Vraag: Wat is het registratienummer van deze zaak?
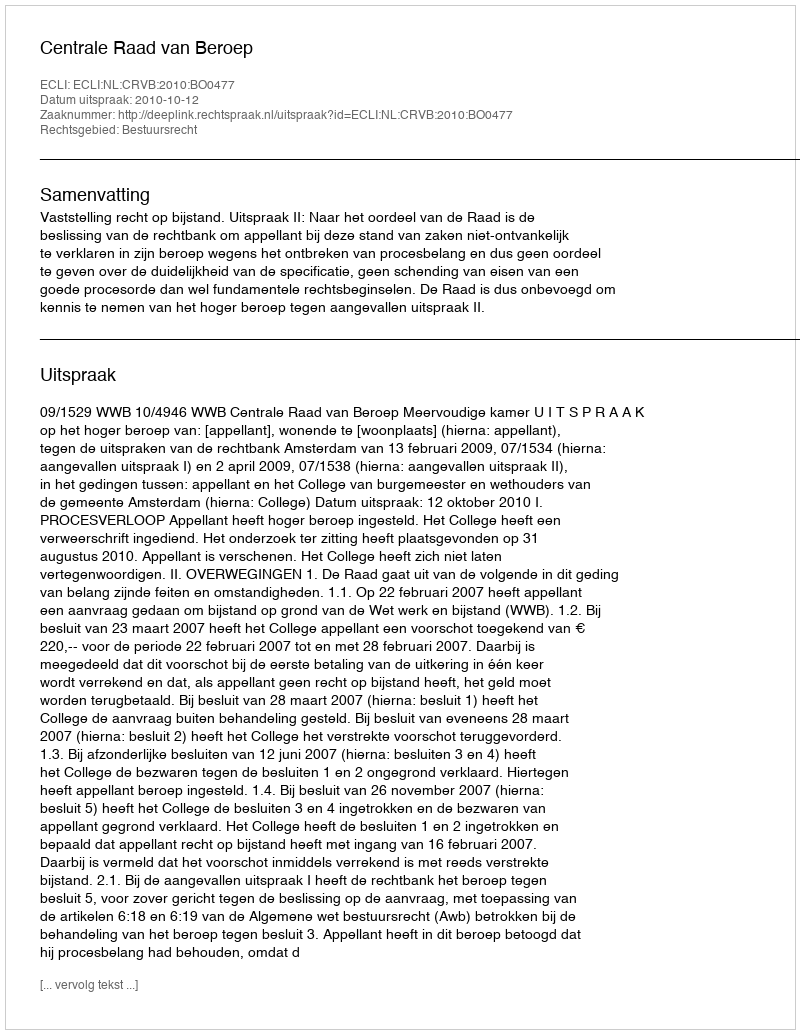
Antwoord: http://deeplink.rechtspraak.nl/uitspraak?id=ECLI:NL:CRVB:2010:BO0477